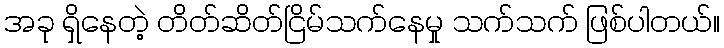
အခု ရှိနေတဲ့ တိတ်ဆိတ်ငြိမ်သက်နေမှု သက်သက် ဖြစ်ပါတယ်။